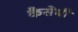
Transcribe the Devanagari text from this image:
कैसेबी